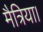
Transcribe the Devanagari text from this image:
मैत्रिया।